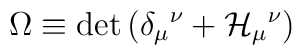
{\Omega} \equiv \det{ \left( \delta_{\mu}{}^{\nu} + {\cal H}_{\mu}{}^{\nu}\right)}